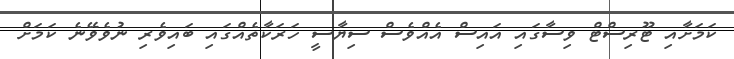
ކަމަށާއި ޓޫރިސްޓް ވިސާގައި އައިސް އެއްވެސް ސިޔާސީ ހަރަކާތެއްގައި ބައިވެރި ނުވެވޭނެ ކަމަށް